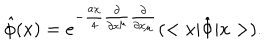
\hat { \phi } ( x ) = e ^ { - \frac { a { \chi } } { 4 } { \frac { \partial } { { \partial } x ^ { \mu } } } { \frac { \partial } { { \partial } x _ { \mu } } } } ( < x | { \hat { \Phi } } | x > ) .